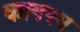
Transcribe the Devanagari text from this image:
कागरम